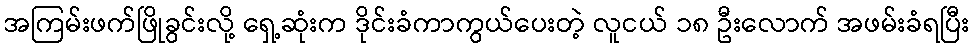
အကြမ်းဖက်ဖြိုခွင်းလို့ ရှေ့ဆုံးက ဒိုင်းခံကာကွယ်ပေးတဲ့ လူငယ် ၁၈ ဦးလောက် အဖမ်းခံရပြီး